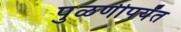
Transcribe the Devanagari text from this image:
पुळणीपर्यंत